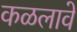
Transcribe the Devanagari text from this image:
कळलावे